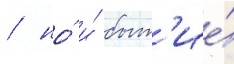
/ но́ и́ быт'ие́